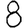
Digit: 8